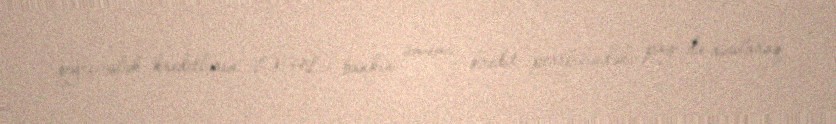
qeyri-işlək kreditlərin (NPL) bankın ümumi kredit portfelindəki payı da azalaraq